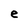
Character: e